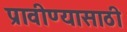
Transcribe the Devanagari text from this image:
प्रावीण्यासाठी